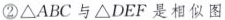
形；②ΔABC与ΔDEF是相似图